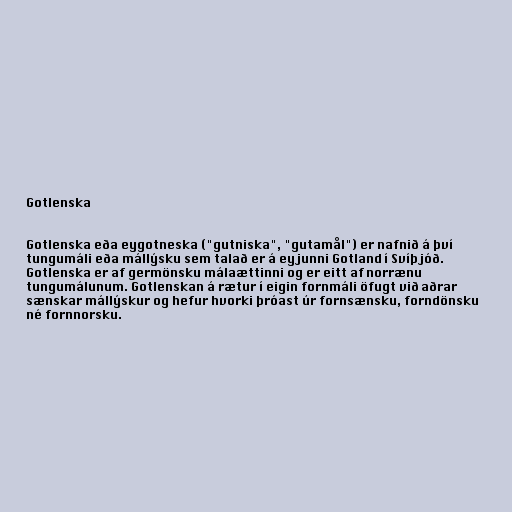
Gotlenska

Gotlenska eða eygotneska ("gutniska", "gutamål") er nafnið á því
tungumáli eða mállýsku sem talað er á eyjunni Gotland í Svíþjóð.
Gotlenska er af germönsku málaættinni og er eitt af norrænu
tungumálunum. Gotlenskan á rætur í eigin fornmáli öfugt við aðrar
sænskar mállýskur og hefur hvorki þróast úr fornsænsku, forndönsku
né fornnorsku.